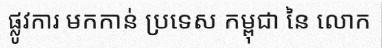
ផ្លូវការ មកកាន់ ប្រទេស កម្ពុជា នៃ លោក